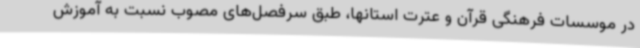
در موسسات فرهنگی قرآن و عترت استانها، طبق سرفصل‌های مصوب نسبت به آموزش